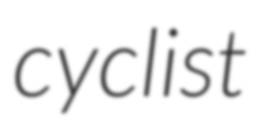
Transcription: cyclist